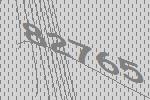
82765